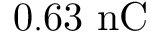
\mathrm { 0 . 6 3 \ n C }